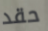
حقد